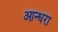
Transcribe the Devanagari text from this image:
आन्धरा